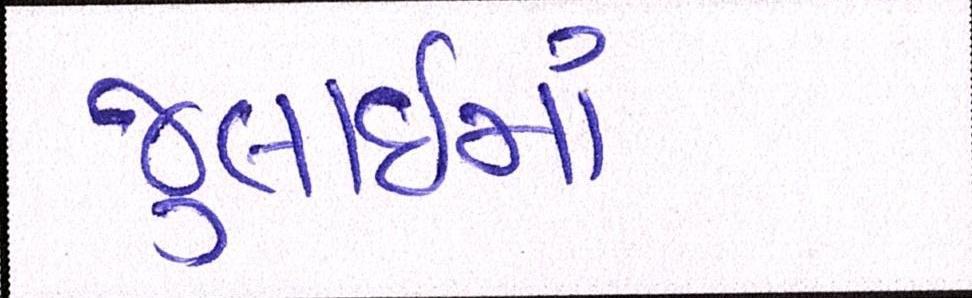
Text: જુલાઇમાં